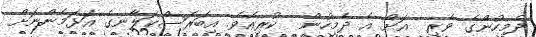
ދެމީހުންގެ ވެރި  އަށް އެ ދެމީހުން  ކުރިއެވެ. އިބަރަސްކަލާނގެ އަޅަމެންނަށް